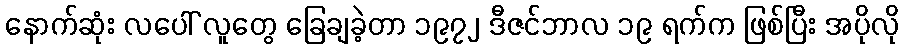
နောက်ဆုံး လပေါ် လူတွေ ခြေချခဲ့တာ ၁၉၇၂ ဒီဇင်ဘာလ ၁၉ ရက်က ဖြစ်ပြီး အပိုလို